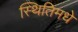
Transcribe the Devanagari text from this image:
स्थितिमधे